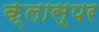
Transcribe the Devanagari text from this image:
क्लास्पर